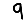
Digit: 9